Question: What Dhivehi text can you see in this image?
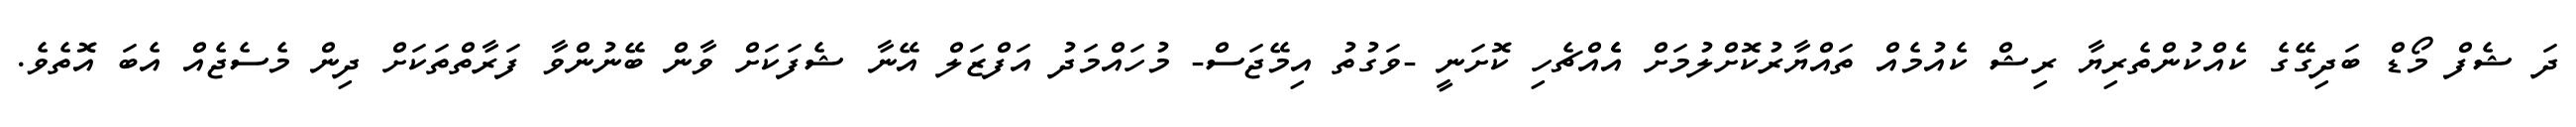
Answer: ދަ ޝެފް މޯޑް ބަދިގޭގެ ކެއްކުންތެރިޔާ ރިޝް ކެއުމެއް ތައްޔާރުކޮށްލުމަށް އެެއްޗެހި ކޮށަނީ -ވަގުތު އިމޭޖަސް- މުހައްމަދު އަފްޒަލް އޭނާ ޝެފަކަށް ވާން ބޭނުންވާ ފަރާތްތަކަށް ދިން މެސެޖެއް އެބަ އޮތެވެ.